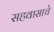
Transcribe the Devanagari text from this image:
सहवासाचे